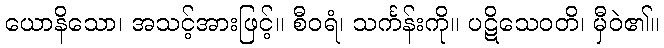
ယောနိသော၊ အသင့်အားဖြင့်။ စီဝရံ၊ သင်္ကန်းကို။ ပဋိသေဝတိ၊ မှီဝဲ၏။